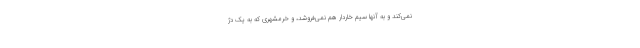
نمی‌کند و به آنها سیم خاردار هم نمی‌فروشد، و خرمشهری که به یک دژ